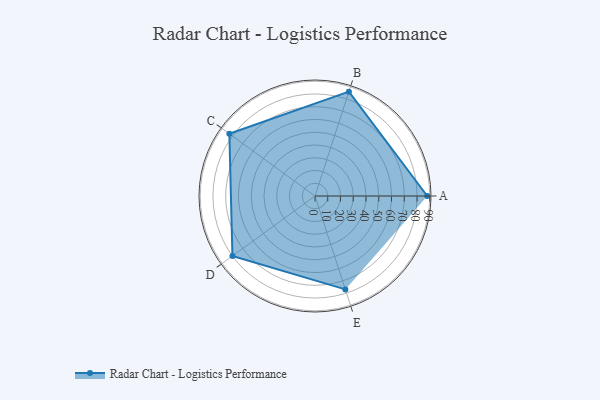
{"axis": {"x": "Skill", "y": "Score"}, "legend": ["Profile"], "data": [{"x": "A", "y": 88.0, "type": "Profile"}, {"x": "B", "y": 86.0, "type": "Profile"}, {"x": "C", "y": 83.0, "type": "Profile"}, {"x": "D", "y": 80.0, "type": "Profile"}, {"x": "E", "y": 77.0, "type": "Profile"}]}